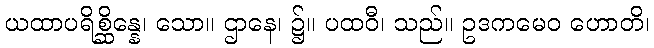
ယထာပရိစ္ဆိန္နေ၊ သော။ ဌာနေ၊ ၌။ ပထဝီ၊ သည်။ ဥဒကမေဝ ဟောတိ၊